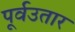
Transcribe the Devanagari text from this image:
पूर्वउतार